Annual administration report of the Civil Veterinary Department of India - 1894-1895
Year: 1894
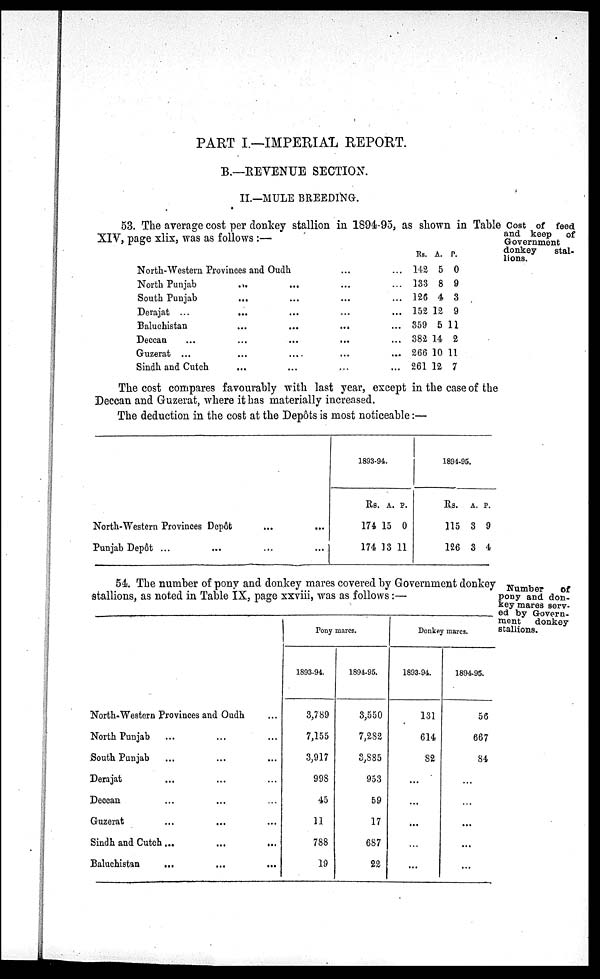
PART I.—IMPERIAL REPORT.
B.—REVENUE SECTION.
II.—MULE BREEDING.
Cost of feed
and keep
of
Government
donkey
stal-
lions.
53. The average cost per donkey stallion in 1894-95, as shown in Table
XIV, page xlix, was as follows :—
North-Western Provinces and Oudh
North Punjab
South Punjab
Derajat ...
Baluchistan
Deccan ...
Guzerat ...
Sindh and Cutch
...
...
...
...
...
...
...
...
...
...
...
...
...
...
...
...
...
...
...
...
...
...
...
...
...
...
...
...
...
...
Rs.
142
133
126
152
359
382
266
261
A.
5
8
4
12
5
14
10
12
P.
0
9
3
9
11
2
11
7
The cost compares favourably with last year, except in the case of the
Deccan and Guzerat, where it has materially increased.
The deduction in the cost at the Depôts is most noticeable:—
North-Western Provinces Depôt
...
...
Punjab Depôt ...
...
...
...
1893-94.
Rs.
174
174
A.
15
13
P.
0
11
1894-95.
Rs.
115
126
A.
3
3
P.
9
4
Number
of
pony and don-
key mares serv-
ed by Govern-
ment
donkey
stallions.
54. The number of pony and donkey mares covered by Government donkey
stallions, as noted in Table IX, page xxviii, was as follows:—
North-Western Provinces and Oudh
...
North Punjab
...
...
...
South Punjab
...
...
...
Derajat
...
...
...
Deccan ... ... ...
Guzerat
...
...
...
Sindh and Cutch ...
...
...
Baluchistan
... ... ...
Pony mares.
1893-94.
3,789
7,155
3,917
998
45
11
788
19
1894-95.
3,550
7,282
3,885
953
59
17
687
22
Donkey mares.
1893-94.
131
614
82
...
...
...
...
...
1894-95.
56
667
84
...
...
...
...
...